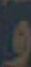
و